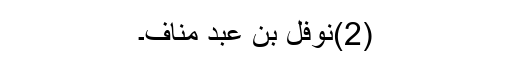
(2)نوفل بن عبد مناف۔